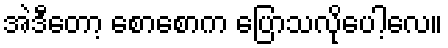
အဲဒီတော့ စောစောက ပြောသလိုပေါ့လေ။